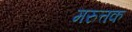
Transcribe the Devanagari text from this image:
मरुत्तक